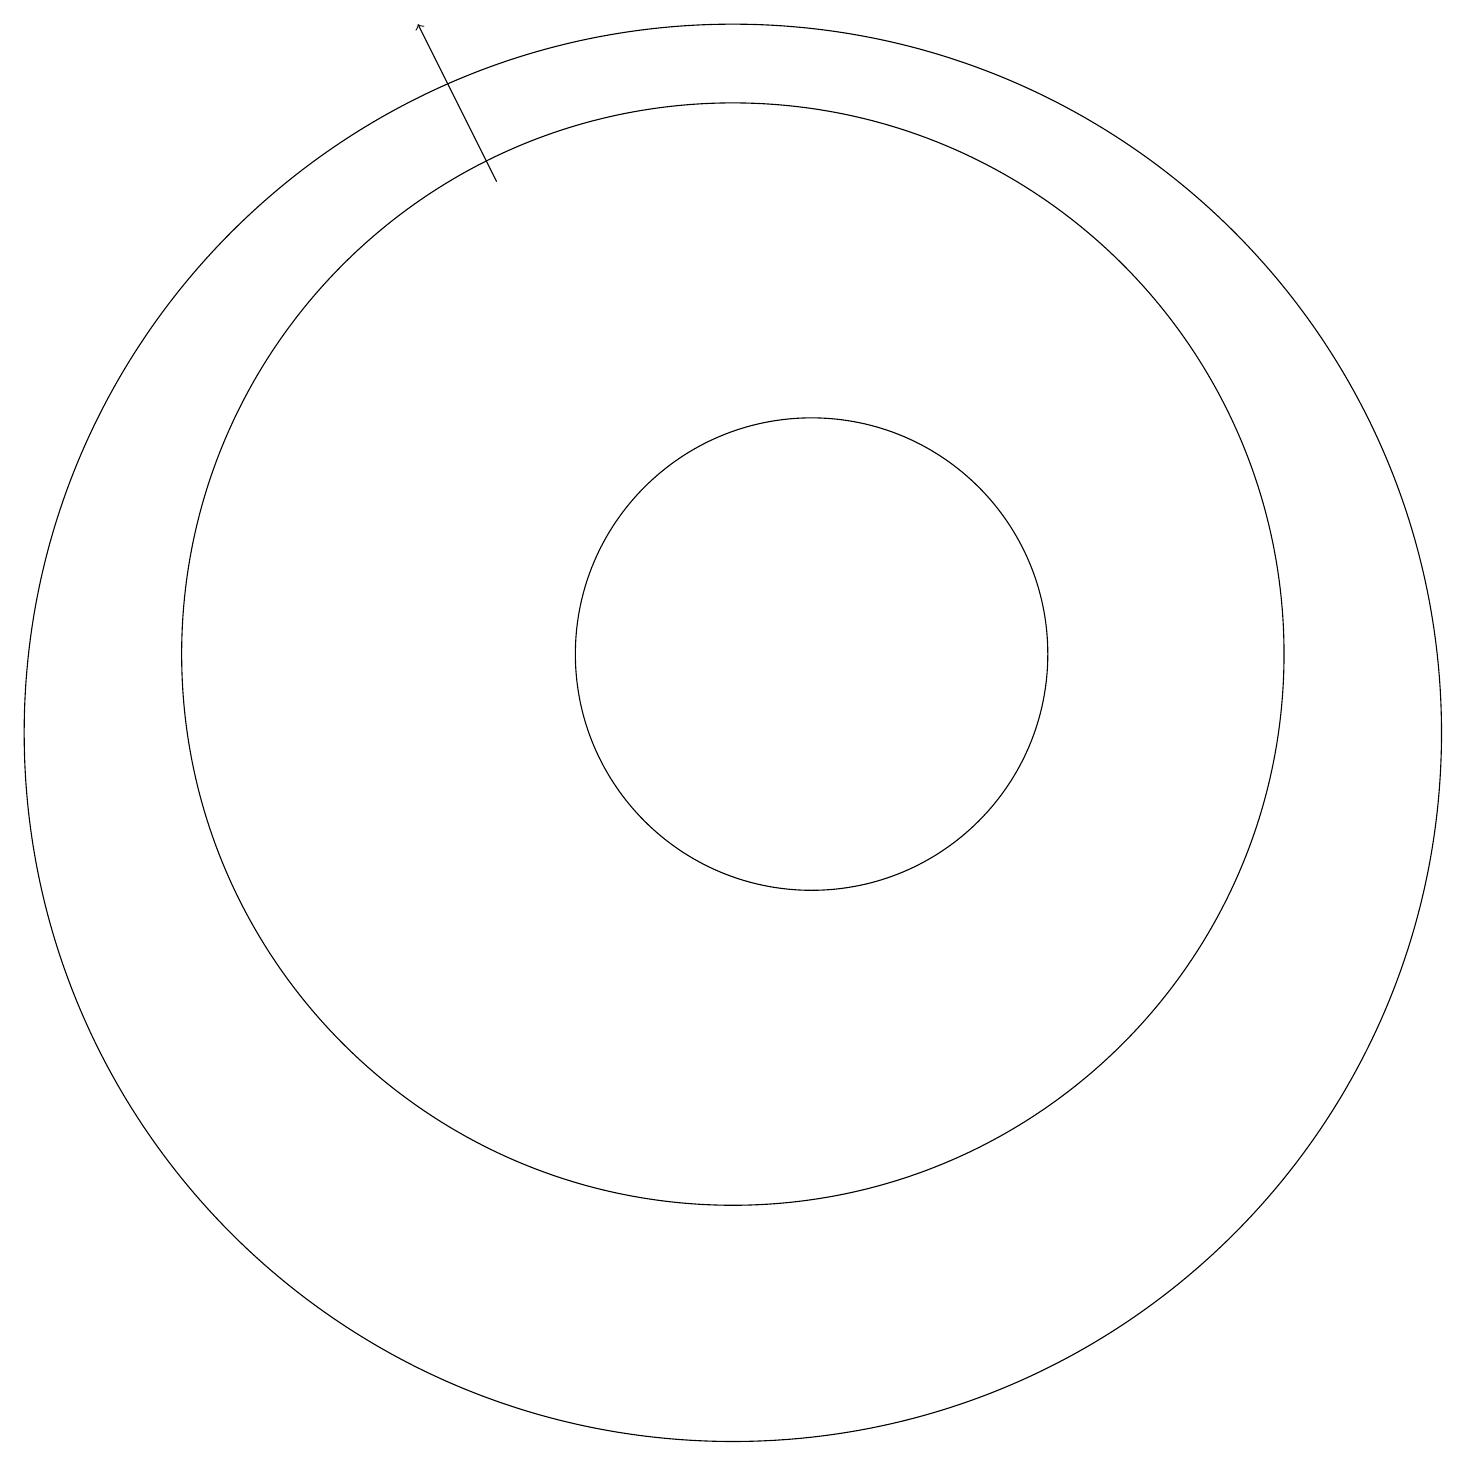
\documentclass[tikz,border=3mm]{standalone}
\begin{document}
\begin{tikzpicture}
\draw (11,11) circle (3);
\draw (10,11) circle (7);
\draw[->] (7,17) -- (6,19);
\draw (10,10) circle (9);
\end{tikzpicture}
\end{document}